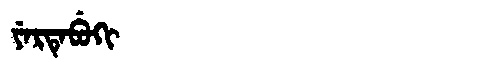
Manchu: ᠶᡝᡵᡨᡝᠪᡠᡴᡳ
Romanization: YERTEBUKI